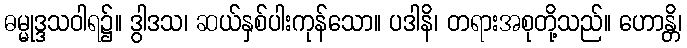
ဓမ္မုဒ္ဒသဝါရ၌။ ဒွါဒသ၊ ဆယ်နှစ်ပါးကုန်သော။ ပဒါနိ၊ တရားအစုတို့သည်။ ဟောန္တိ၊